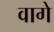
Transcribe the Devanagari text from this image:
वागे